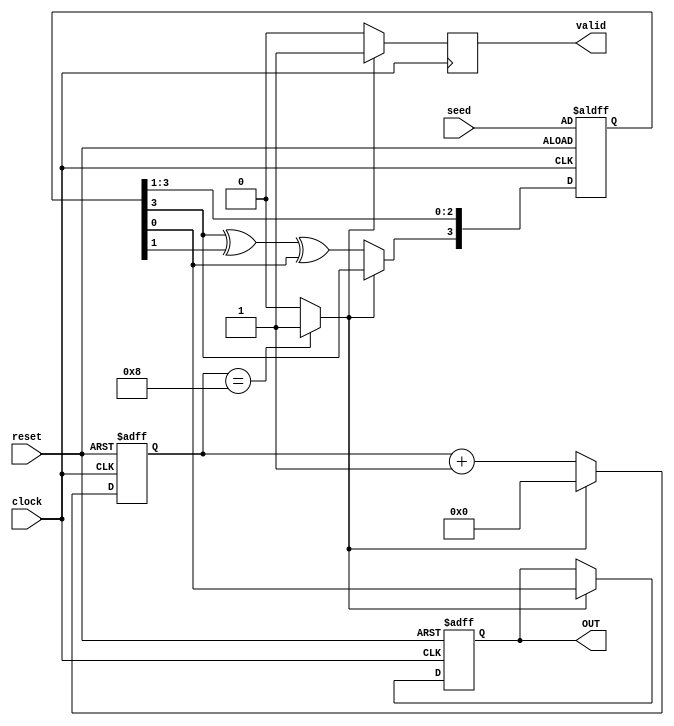
module LFSR(
  input wire [3:0] seed,
  input wire clock,
  input wire reset,
  output reg OUT,
  output reg valid
  );
  
  reg [3:0] counter;
  reg stop_flag;
  reg [3:0] lfsr;
  
  // LFSR Sequential Logic
  always@(posedge clock or negedge reset)
    begin
      if(!reset)
        begin
          lfsr <= seed;
          OUT <= 1'b0;
        end
      else
        begin
          lfsr[0] <= lfsr[1];
          lfsr[1] <= lfsr[2];
          lfsr[2] <= lfsr[3];
          if(stop_flag)
            begin
              //Shift Mode
              OUT <= lfsr[0];
            end
          else
            begin
              //LFSR Mode
              lfsr[3] <= lfsr[3] ^ lfsr[1] ^ lfsr[0];
            end
        end
    end
    
  // Valid 
  always@(posedge clock)
    begin
      valid = (stop_flag) ? 1'b1 : 1'b0;
    end
  
  // Counter
  always@(posedge clock or negedge reset)
    begin
      if(!reset)
        begin
          counter <= 'd0;
        end
      else
        begin
          if(stop_flag)
            begin
              counter <= 'd0;
            end
          else
            begin
              counter <= counter + 'd1;
            end
        end
    end
    
    // Stop flag from counter
    always @(*)
      begin
        stop_flag = (counter == 'd8) ? 1'b1 : 1'b0;
      end
  
endmodule